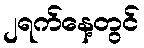
၂ရက်နေ့တွင်